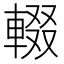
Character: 輟